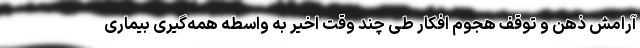
آرامش ذهن و توقف هجوم افکار طی چند وقت اخیر به واسطه همه‌گیری بیماری